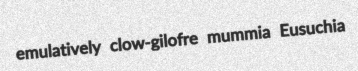
emulatively clow-gilofre mummia Eusuchia